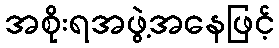
အစိုးရအဖွဲ့အနေဖြင့်